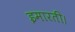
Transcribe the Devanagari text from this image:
इमारती।